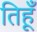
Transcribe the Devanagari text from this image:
तिहूँ